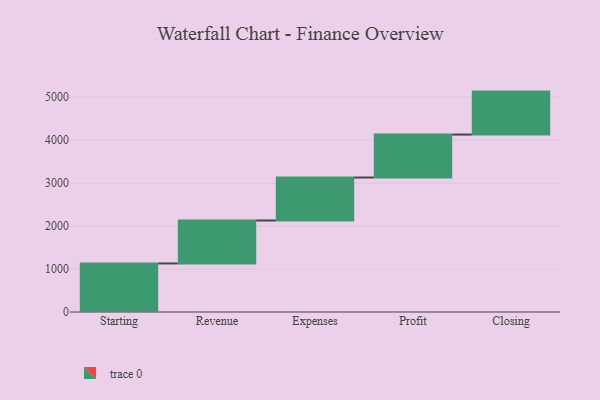
{"axis": {"x": "Step", "y": "Value"}, "legend": [""], "data": [{"x": "Starting", "y": 1130.0, "type": ""}, {"x": "Revenue", "y": 1000, "type": ""}, {"x": "Expenses", "y": 1000, "type": ""}, {"x": "Profit", "y": 1000, "type": ""}, {"x": "Closing", "y": 1000, "type": ""}]}